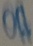
Text: Off